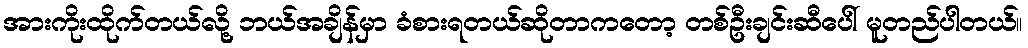
အားကိုးထိုက်တယ်လို့ ဘယ်အချိန်မှာ ခံစားရတယ်ဆိုတာကတော့ တစ်ဦးချင်းဆီပေါ် မူတည်ပါတယ်။